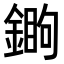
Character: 𨪵